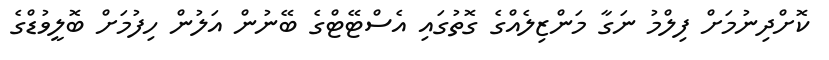
ކޮށްދިނުމަށް ފިލްމު ނަގާ މަންޒިލެއްގެ ގޮތުގައި އެސްޓޭޓްގެ ބޭނުން އަލުން ހިފުމަށް ބޮލީވުޑްގެ